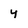
Character: y